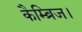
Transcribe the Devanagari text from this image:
कैम्ब्रिज।